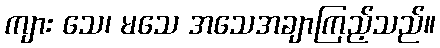
ကျား သေ၊ မသေ အသေအချာကြည့်သည်။